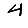
Digit: 4